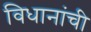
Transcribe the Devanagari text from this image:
विधानांची